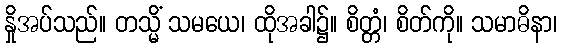
နှိုအပ်သည်။ တသ္မိံ သမယေ၊ ထိုအခါ၌။ စိတ္တံ၊ စိတ်ကို။ သမာဓိနာ၊